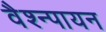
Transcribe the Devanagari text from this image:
वैश्न्पायन